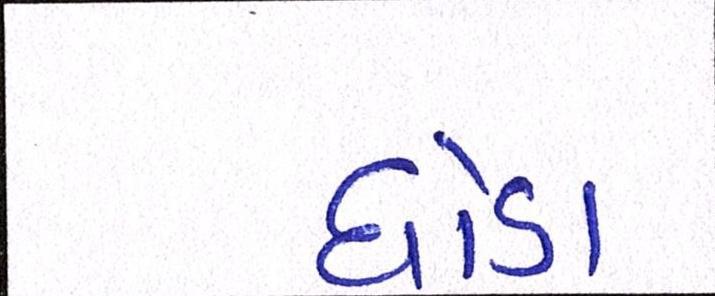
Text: ઘોડા